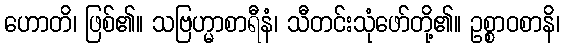
ဟောတိ၊ ဖြစ်၏။ သဗြဟ္မာစာရီနံ၊ သီတင်းသုံဖော်တို့၏။ ဥစ္စာဝစာနိ၊